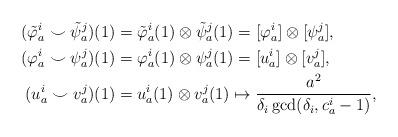
LaTeX: \begin{align*}(\tilde{\varphi}_a^i \smile\tilde{\psi}_a^j)(1) &= \tilde{\varphi}_a^i(1) \otimes \tilde{\psi}_a^j(1) = [\varphi_a^i]\otimes[\psi_a^j], \\(\varphi_a^i \smile \psi_a^j)(1) &= \varphi_a^i(1)\otimes \psi_a^j(1) = [u_a^i]\otimes [v_a^j], \\(u_a^i\smile v_a^j)(1) &= u_a^i(1)\otimes v_a^j(1) \mapsto \frac{a^2}{\delta_i\gcd(\delta_i, c_a^i-1)},\end{align*}